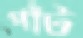
পাঁট